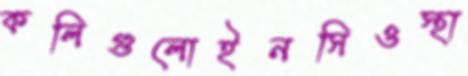
কলিগুলোইনসিওস্থা